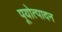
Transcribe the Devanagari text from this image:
पूयोत्पादन